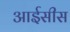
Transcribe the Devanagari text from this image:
आईसीस